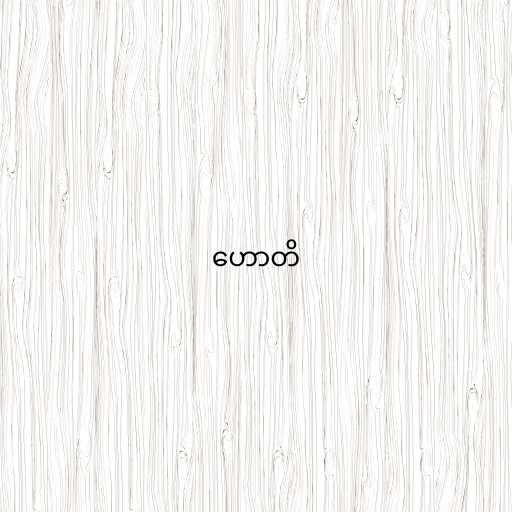
ဟောတိ